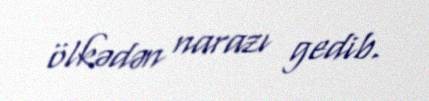
ölkədən narazı gedib.